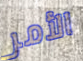
الأمر